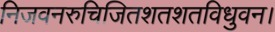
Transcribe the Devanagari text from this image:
निजवनरुचिजितशतशतविधुवन।